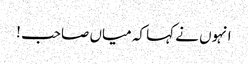
انہوں نے کہا کہ میاں صاحب !